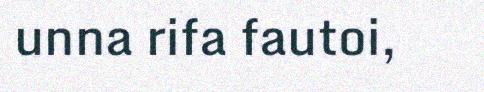
unna rifa fautoi,